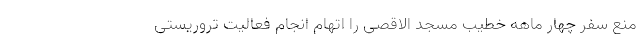
منع سفر چهار ماهه خطیب مسجد الاقصی را اتهام انجام فعالیت تروریستی